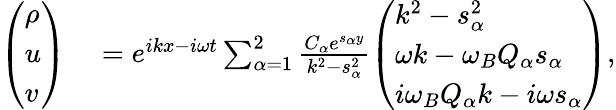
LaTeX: \begin{array}{rl}{\left(\begin{array}{l}{\rho}\\ {u}\\ {v}\end{array}\right)}&{{}=e^{ikx-i\omega t}\sum_{\alpha=1}^{2}\frac{C_{\alpha}e^{s_{\alpha}y}}{k^{2}-s_{\alpha}^{2}}\left(\begin{array}{l}{k^{2}-s_{\alpha}^{2}}\\ {\omega k-\omega_{B}Q_{\alpha}s_{\alpha}}\\ {i\omega_{B}Q_{\alpha}k-i\omega s_{\alpha}}\end{array}\right),}\end{array}